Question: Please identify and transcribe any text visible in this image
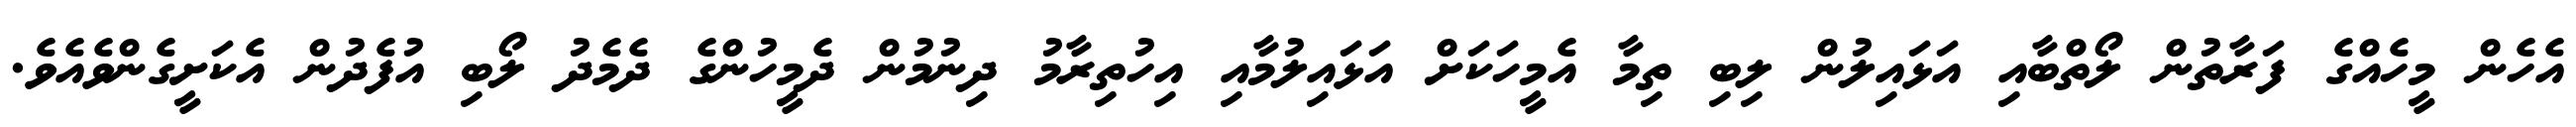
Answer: އެހެން މީހެއްގެ ފަރާތުން ލޯތްބާއި އަޅައިލުން ލިބި ތިމާ އެމީހަކަށް އަޅައިލުމާއި އިހުތިރާމު ދިނުމުން ދެމީހުންގެ ދެމެދު ލޯބި އުފެދުން އެކަށީގެންވެއެވެ.